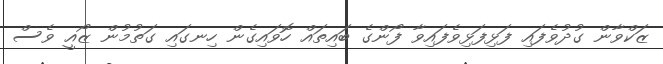
ޒަކްވާން ގުދުވެފައި ފަޅިފަޅިވެފައިވާ ފޯންގެ ބައިތައް ހޮވައިގެން ހިނގައި ގަތުމުން ޒޯއީ ވެސް